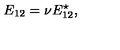
E _ { 1 2 } = \nu E _ { 1 2 } ^ { \star } ,